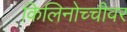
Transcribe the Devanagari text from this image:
किलिनोच्चीवर